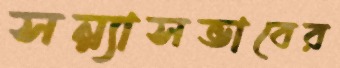
সন্ন্যাসভাবের